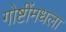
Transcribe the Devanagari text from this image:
गोष्टींमधला